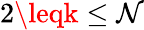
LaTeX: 2\leqk\leq\mathcal{N}